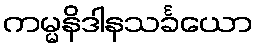
ကမ္မနိဒါနသင်္ခယော